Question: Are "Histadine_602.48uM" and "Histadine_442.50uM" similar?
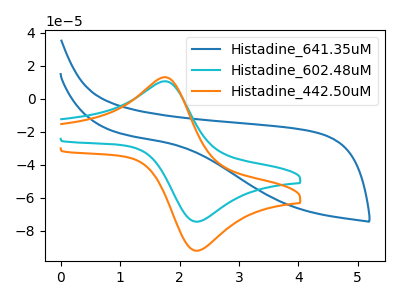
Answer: <think>The blue curve "Histadine_641.35uM" has no peaks. The cyan curve "Histadine_602.48uM" has an anodic peak at (1.75V, 10.45uA) and a cathodic peak at (2.30V, -74.55uA). The orange curve "Histadine_442.50uM" has an anodic peak at (1.75V, 12.90uA) and a cathodic peak at (2.30V, -92.15uA).
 All the peaks in "Histadine_602.48uM" have a peak in "Histadine_442.50uM" at the same potential. Every peak in "Histadine_602.48uM" is lower than every peak in "Histadine_442.50uM".</think>
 <answer>"Histadine_602.48uM" and "Histadine_442.50uM" are similar in shape.</answer>
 <eval>same_shape</eval>